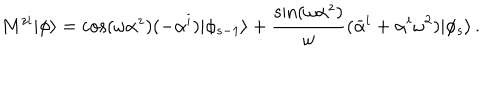
M ^ { z i } | \phi \rangle = \cos ( \omega \alpha ^ { z } ) ( - \alpha ^ { i } ) | \phi _ { s - 1 } \rangle + \frac { \sin ( \omega \alpha ^ { z } ) } { \omega } ( \bar { \alpha } ^ { i } + \alpha ^ { i } \omega ^ { 2 } ) | \phi _ { s } \rangle \, .